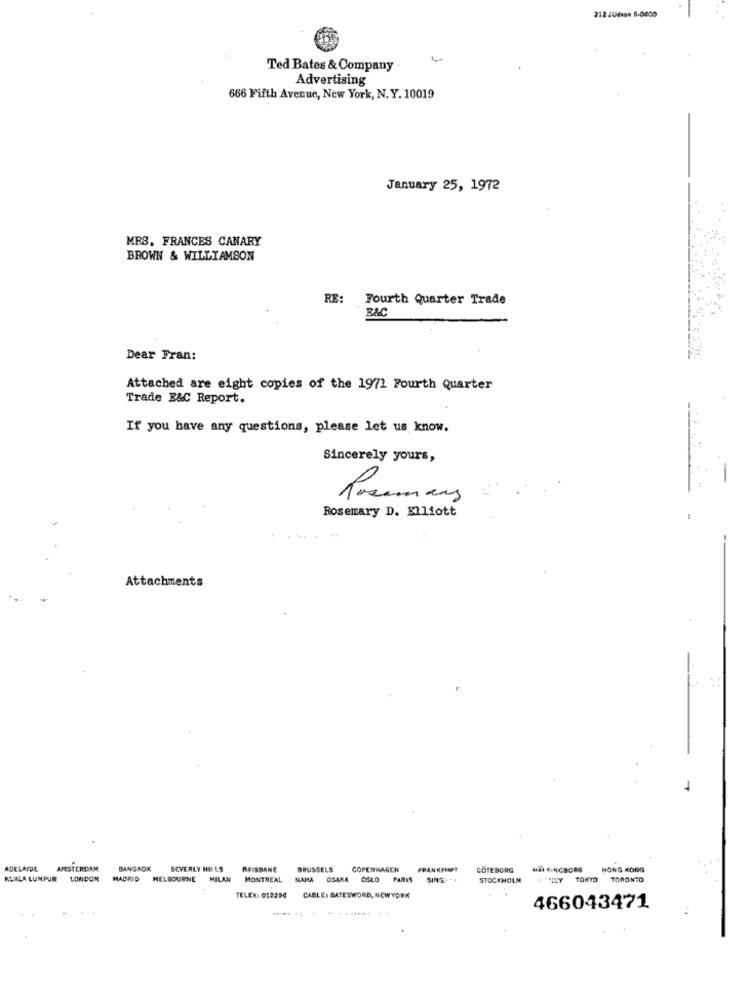
Ted Bates & Company
Advertising
666 Fifth Avenue, New York, N.Y. 10019
January 25, 1972
MRS. FRANCES CANARY
BROWN & WILLIAMSON
RE: Fourth Quarter Trade
B&C
Dear Fran:
Attached are eight copies of the 1971 Fourth Quarter
Trade B&C Report.
If you have any questions, please let us know.
Sincerely yours,
Rosemary D. Elliott
Attachments
ADELAIDE AMSTERDAM
BANGKOK
BEVERLY HILLS
RAISSANE
BRUSSELS
COPENHAGEN
FRANKEHOT
GÖTEBORG
HII SINGBORG
HONG KONG
KUALA LUMPUR LONDON MADRID MELBOURNE MILAN MONTREAL NAHA OSAKA OSLO PARIS SINS= "
STOCKHOLM
HEY TOKYO
TORONTO
TELEX: 01220G CABLE: BATESWORD, NEW YORK
466043471